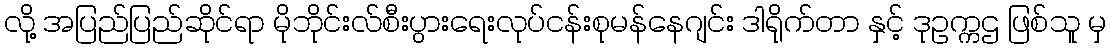
လို့ အပြည်ပြည်ဆိုင်ရာ မိုဘိုင်းလ်စီးပွားရေးလုပ်ငန်းစုမန်နေဂျင်း ဒါရိုက်တာ နှင့် ဒုဥက္ကဌ ဖြစ်သူ မှ